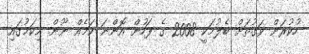
ހުކުރަށް ވަގުތަށް ބެލުމަކީ 2008 ގެ ފަހުން އޮންނަ ކަމެއް ނޫން. މިކަމުގައިި